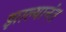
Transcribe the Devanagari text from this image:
झाल्यानंत